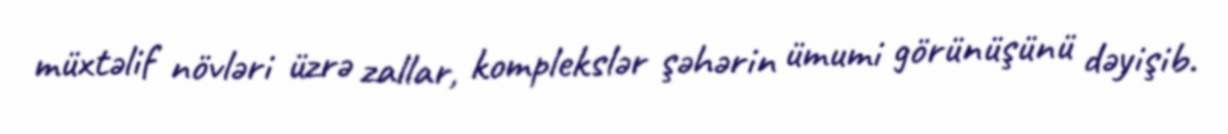
müxtəlif növləri üzrə zallar, komplekslər şəhərin ümumi görünüşünü dəyişib.